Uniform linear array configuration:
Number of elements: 64
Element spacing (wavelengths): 0.5
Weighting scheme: cosine
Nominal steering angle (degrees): -45
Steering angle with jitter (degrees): -44.327
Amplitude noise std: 0.05
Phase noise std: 0.05

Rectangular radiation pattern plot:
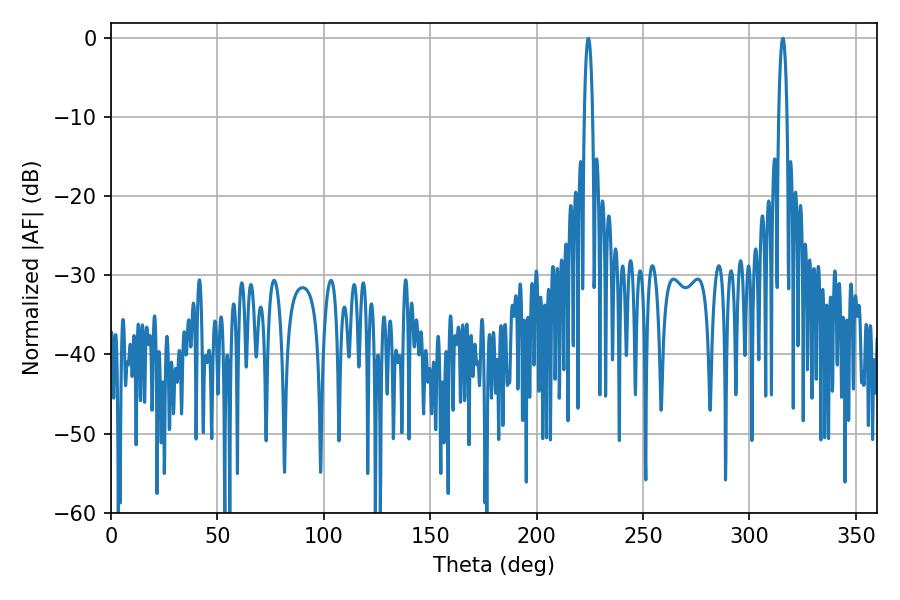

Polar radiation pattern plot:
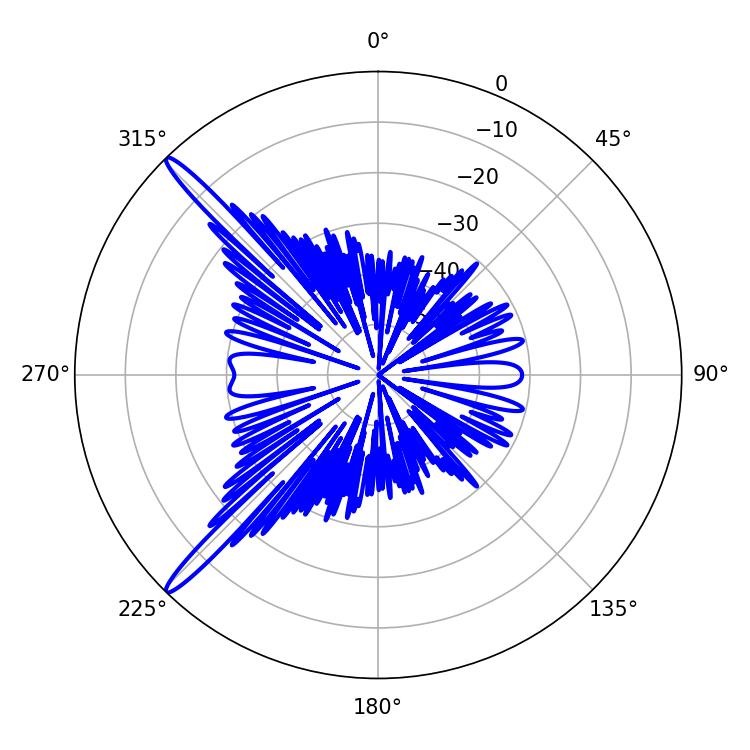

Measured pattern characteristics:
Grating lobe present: FALSE
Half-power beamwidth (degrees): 2.16
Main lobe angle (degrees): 224.28